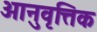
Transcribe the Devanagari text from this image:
आनुवृत्तिक